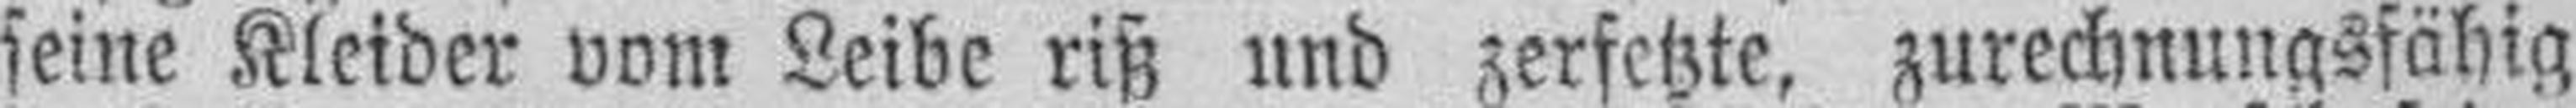
seine Kleider vom Leibe riß und zerfetzte, zurechnungsfähig